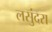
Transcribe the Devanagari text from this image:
लसुंदरा